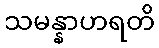
သမန္နာဟရတိ